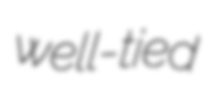
well-tied